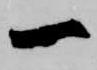
一